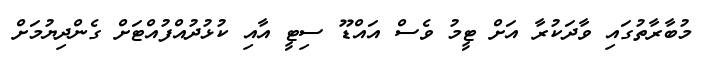
މުބާރާތުގައި ވާދަކުރާ އަށް ޓީމު ވެސް އައްޑޫ ސިޓީ އާއި ކުޅުދުއްފުއްޓަށް ގެންދިޔުމަށް